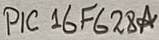
Text: PIC16F628A